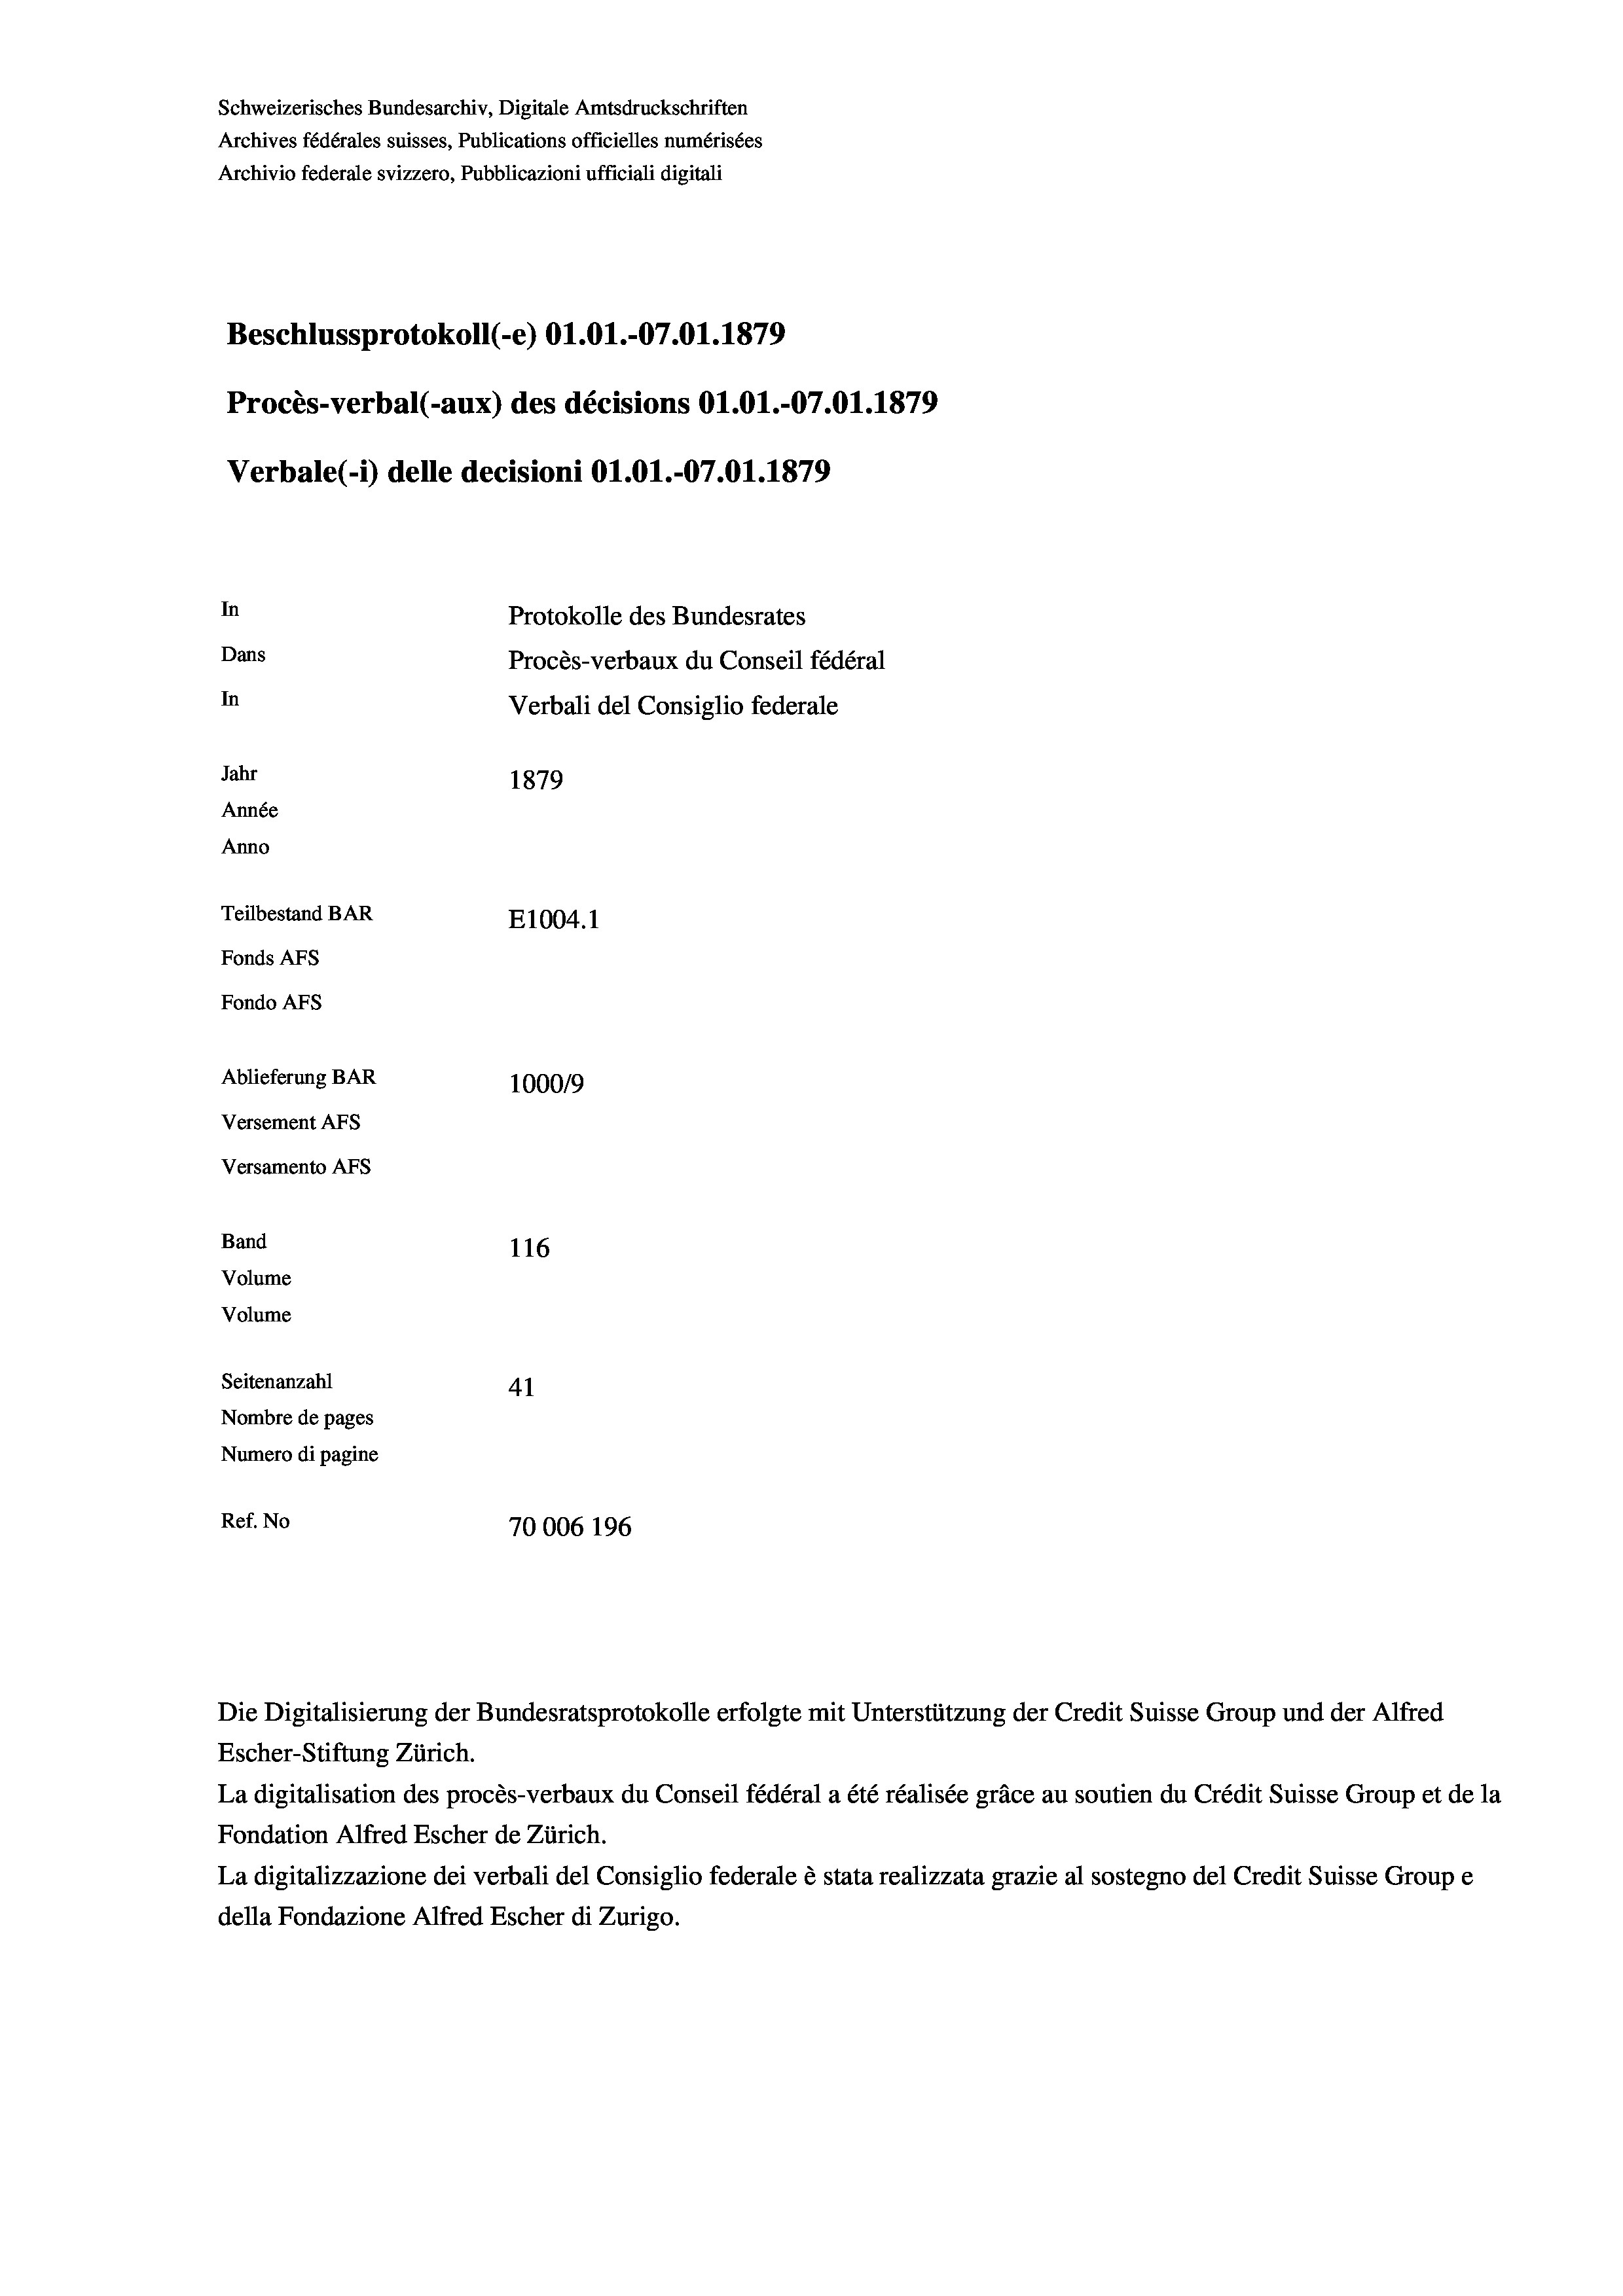
Schweizerisches Bundesarchiv, Digitale Amtsdruckschriften
Archives fédérales suisses, Publications officielles numérisées
Archivio federale svizzero, Pubblicazioni ufficiali digitali
Beschlussprotokoll (-e) O1.01.-07.01. 1879
Procès-verbal (-aux) des décisions O1.01.-07.01. 1879
Verbale (1) delle decisioni Ol.O1.-07.01.1879
In
Protokolle des Bundesrates
Dans
Procès-verbaux du Conseil fédéral
In
Verbali del Consiglio federale
Jahr
1879
Année
Anno
Teilbestand BAR
E1004.1
Fonds AFs
Fondo AFs
Ablieferung BAR
100019
Versement AFs
Versamento AFs
Band
116
Volume
Volume
Seitenanzahl
41
Nombre de pages
Numero di pagine
Ref. No
70006 196

Die Digitalisierung der Bundesratsprotokolle erfolgte mit Unterstützung der Credit Suisse Group und der Alfred

Escher-Stiftung Zürich.
La digitalisation des procès-verbaux du Conseil fédéral a été réalisée gräce au soutien du Crédit Suisse Group et de la
Fondation Alfred Escher de Zürich.
La digitalizzazione dei verbali del Consiglio federale è stata realizzata grazie al sostegno del Credit Suisse Groupe
della Fondazione Alfred Escher di Zurigo.